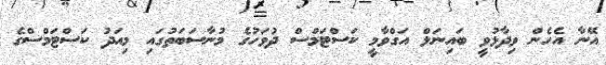
އޭނާ އެހެން ވިދާޅުވީ ބައިނަލް އަގްވާމީ ކަސްޓަމްސް ދުވަހުގެ މުނާސަބަތުގައި މިއަދު ކަސްޓަމްސްގެ